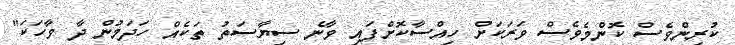
ކުރިންވެސް ކޮންމެވެސް ވަރަކަށް ހިއްސާކޮށްފައި ވާނެ ސިޔާސަތު ތަކެއް ހަދަމުން ދާ ވާހަކަ"